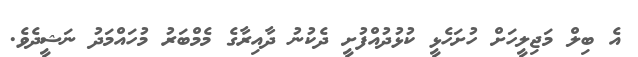
އެ ބިލް މަޖިލީހަށް ހުށަހެޅީ ކުޅުދުއްފުށީ ދެކުނު ދާއިރާގެ މެމްބަރު މުހައްމަދު ނަޝީދެވެ.